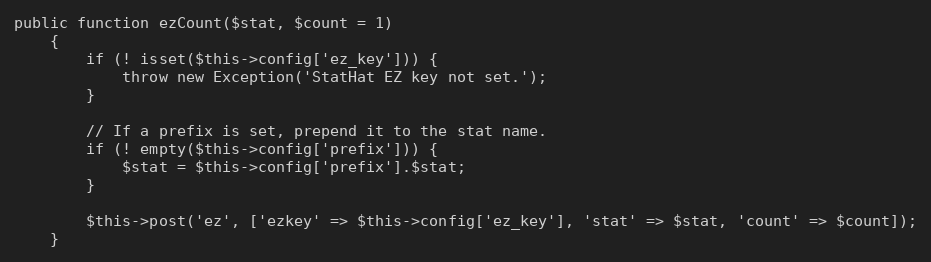
Language: PHP
public function ezCount($stat, $count = 1)
    {
        if (! isset($this->config['ez_key'])) {
            throw new Exception('StatHat EZ key not set.');
        }

        // If a prefix is set, prepend it to the stat name.
        if (! empty($this->config['prefix'])) {
            $stat = $this->config['prefix'].$stat;
        }

        $this->post('ez', ['ezkey' => $this->config['ez_key'], 'stat' => $stat, 'count' => $count]);
    }